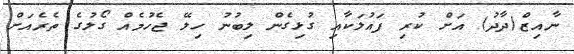
ނާއިޒް(ދާދު) އަށް ކުރި ފައުލަކާއި ގުޅިގެން ލިބުނު ހިލޭ ޖެހުމެއް ގޯލުގެ ތެރެއަށް